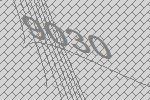
9030